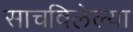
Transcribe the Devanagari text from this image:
साचविलेल्या